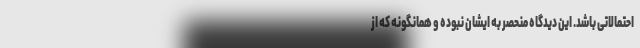
احتمالاتی باشد. این دیدگاه منحصر به ایشان نبوده و همانگونه که از